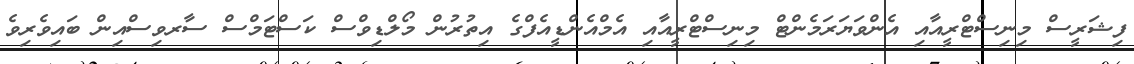
ފިޝަރީސް މިނިސްޓްރީއާއި އެންވަޔަރަމެންޓް މިނިސްޓްރީއާއި އެމްއެންޑީއެފްގެ އިތުރުން މޯލްޑިވްސް ކަސްޓަމްސް ސާރވިސްއިން ބައިވެރިވެ